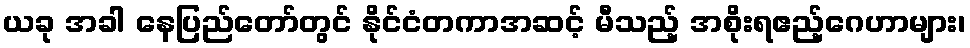
ယခု အခါ နေပြည်တော်တွင် နိုင်ငံတကာအဆင့် မီသည့် အစိုးရဧည့်ဂေဟာများ၊